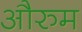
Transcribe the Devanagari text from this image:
औरुम